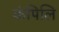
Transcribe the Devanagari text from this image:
कंपिलि